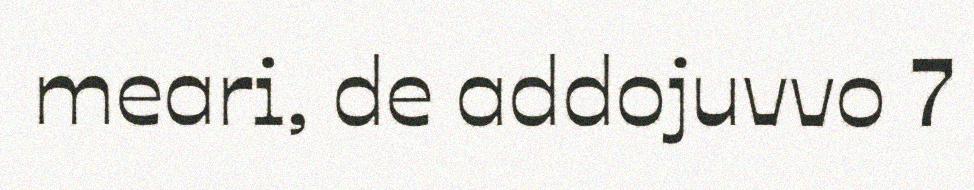
meari, de addojuvvo 7